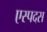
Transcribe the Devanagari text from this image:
एस्पदस